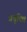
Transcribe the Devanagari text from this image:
प्रवृक्ति